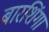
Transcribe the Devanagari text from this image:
बारशिंगा